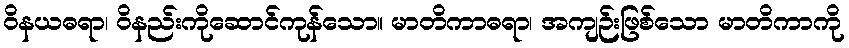
ဝိနယဓရာ၊ ဝိနည်းကိုဆောင်ကုန်သော။ မာတိကာဓရာ၊ အကျဉ်းဖြစ်သော မာတိကာကို